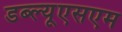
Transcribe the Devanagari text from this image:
डब्ल्यूएसएम